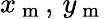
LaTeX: x_{\mathrm{~m~}},\, y_{\mathrm{~m~}}